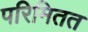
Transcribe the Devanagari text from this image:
परिमितत